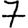
Digit: 7